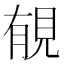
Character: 𧠶